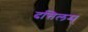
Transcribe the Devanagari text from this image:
दत्तिलम्‌